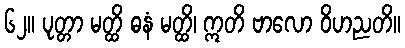
၆၂။ ပုတ္တာ မတ္ထိ ဓနံ မတ္ထိ၊ ဣတိ ဗာလော ဝိဟညတိ။